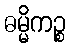
ဓမ္မိကဉ္စ